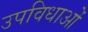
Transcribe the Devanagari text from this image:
उपविधाओं